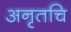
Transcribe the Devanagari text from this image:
अनृतचि